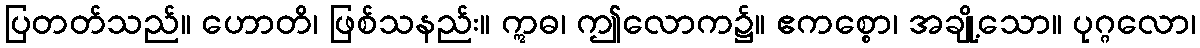
ပြတတ်သည်။ ဟောတိ၊ ဖြစ်သနည်း။ ဣဓ၊ ဤလောက၌။ ဧကစ္စော၊ အချို့သော။ ပုဂ္ဂလော၊